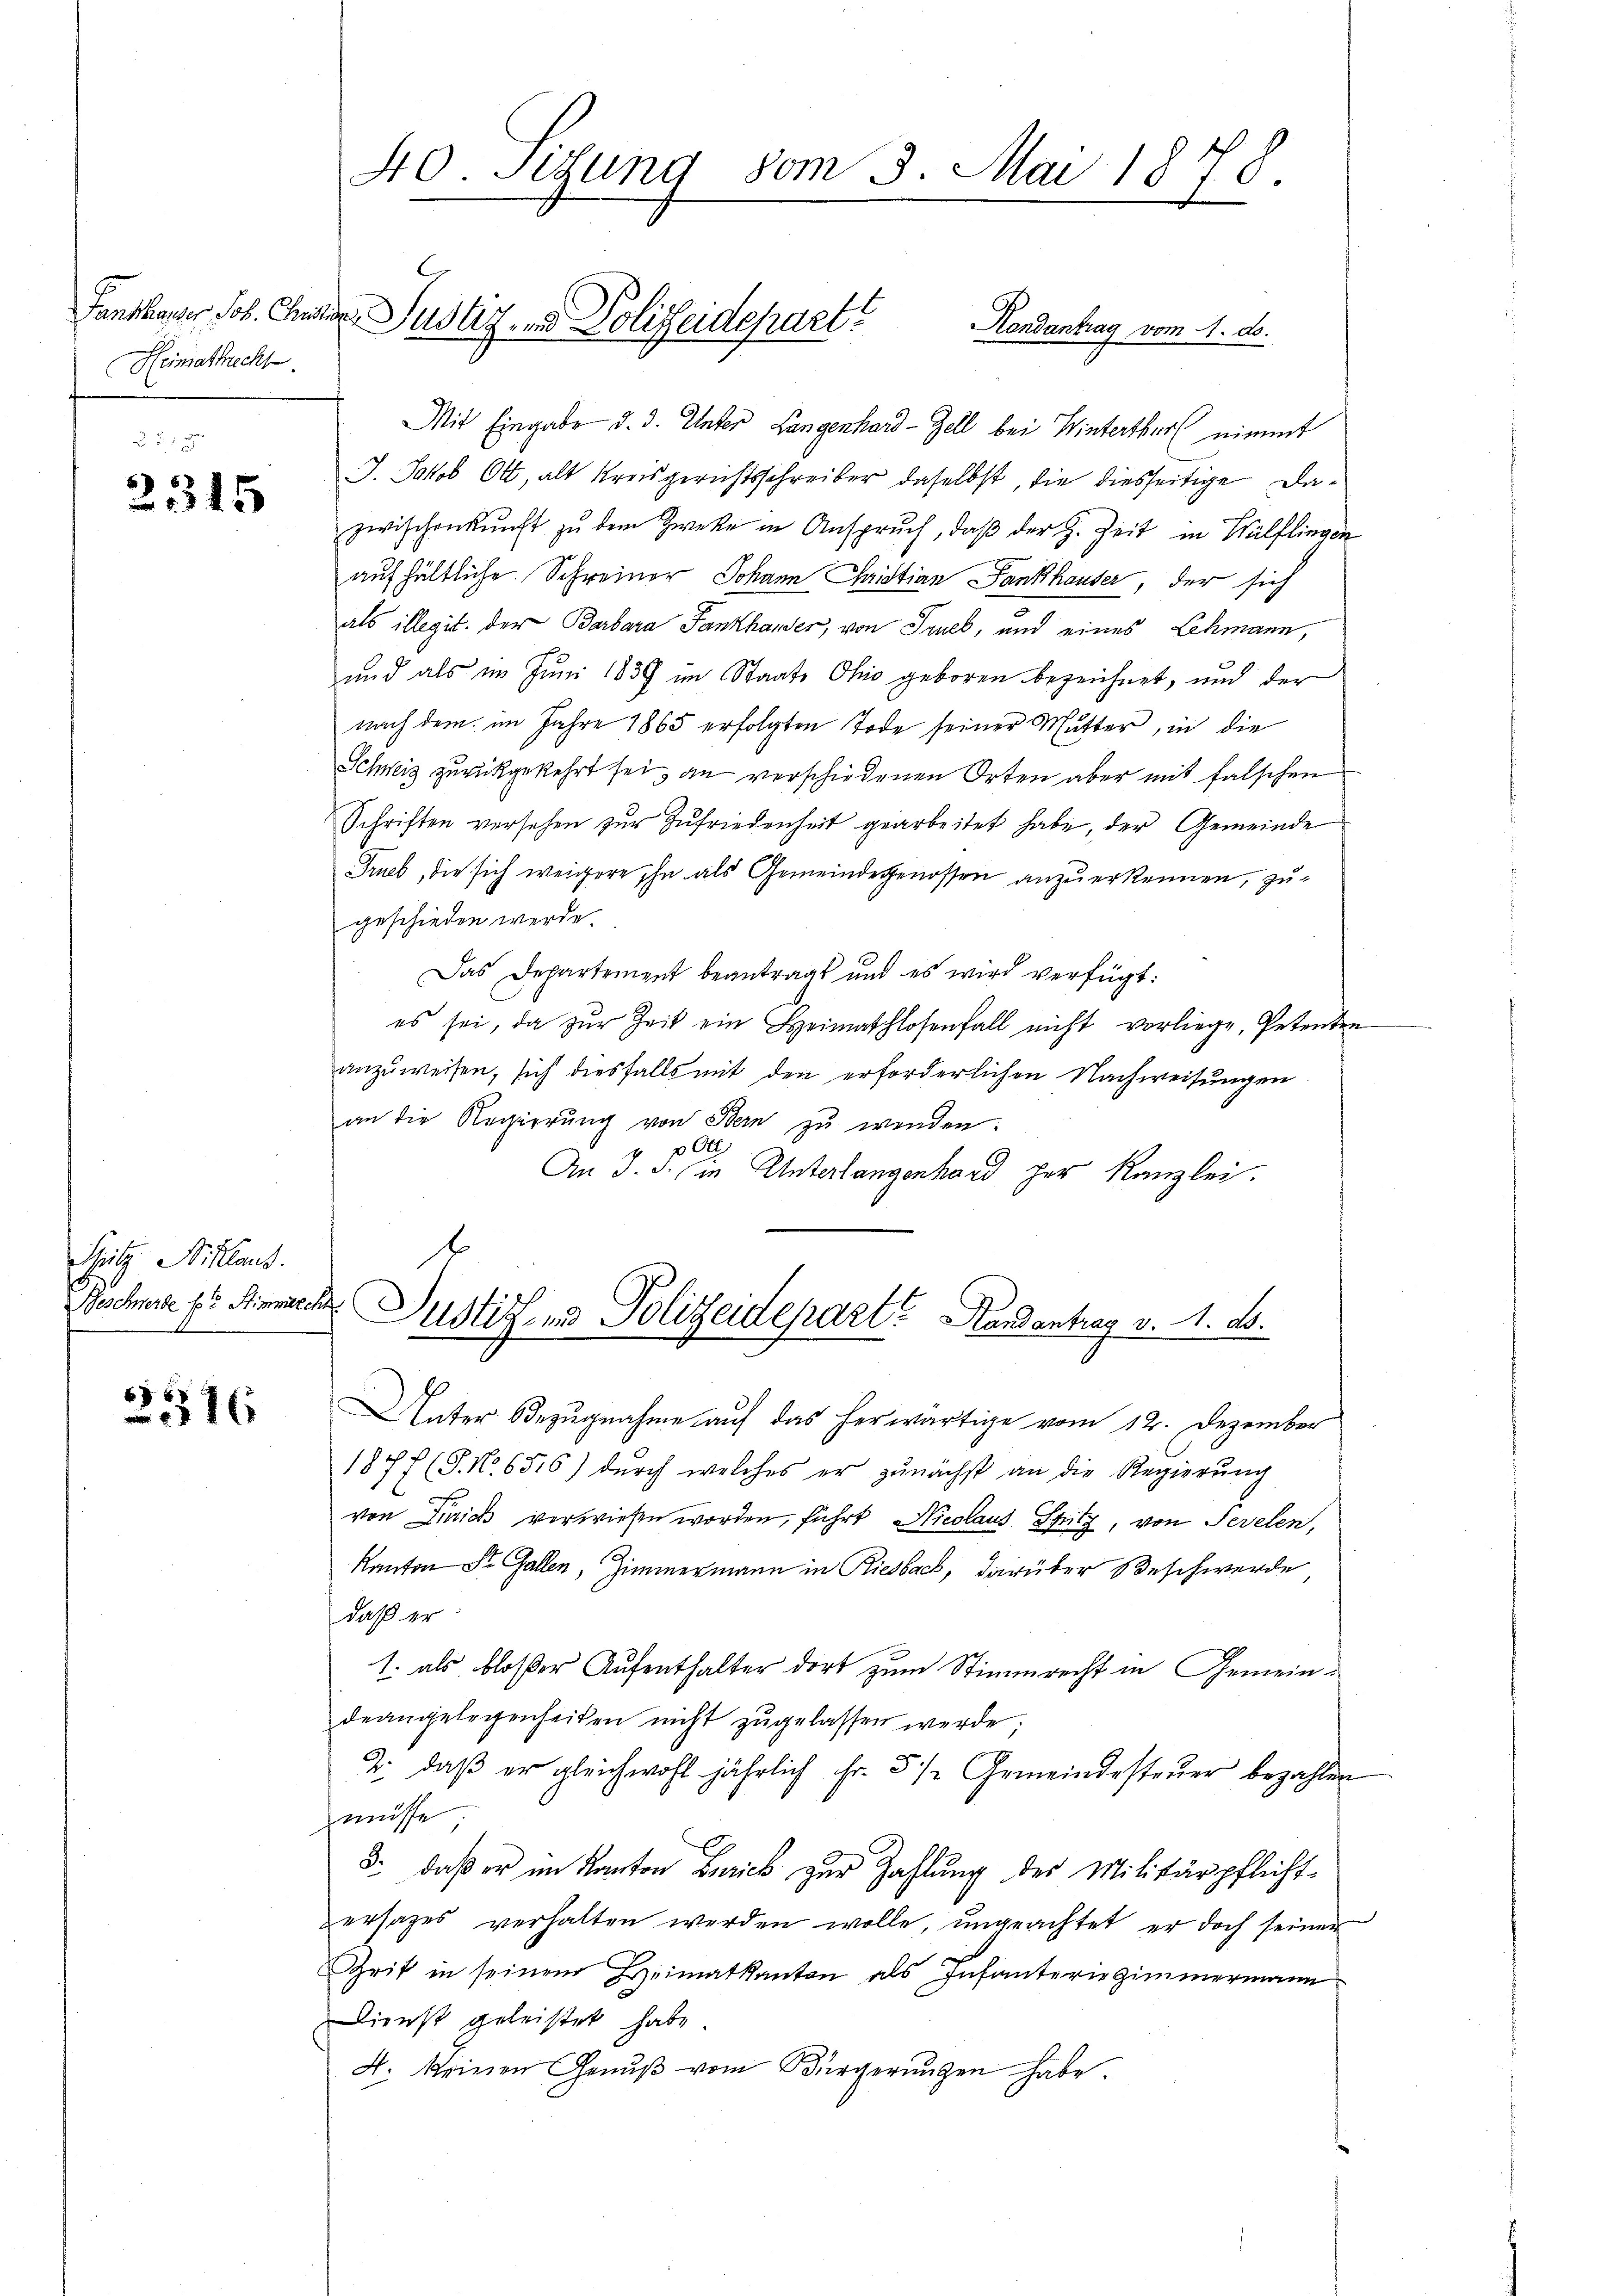
Heimathrecht.

2315

Silz Niklaus
Beschwerde pr. Stimmrech

E
7x

40. Sitzung vom 3. Mai 1878.

Mit Eingabe d. d. Unter Langenhard-Zell bei Winterthur nimmt
J. Jakob Ott, alt Kreisgerichtsschreiber daselbst, die diesseitige Dazwischenkunft zu dem Zweke in Anspruch, daβ der H. Zeit in Wülflingen
aufhältliche Schreiner Johann Christian Fankhauser, der sich
als illegit. der Barbara Fankhauser, von Truek, und eines Lehmann,
und als im Juni 1839 im Staate Ohio geboren bezeichnet, und der
nach dem im Jahre 1865 erfolgten Tode seiner Mutter, in die
Schweiz zurückgekehrt sei, an verschiedenen Orten aber mit falschen
Schriften versehen zŭr Zufriedenheit gearbeitet habe, der Gemeinde
Frueb, die sich weigere ihn als Gemeindegenossen anzuerkennen, zugeschieden werde.
Das Departement beantragt und es wird verfügt:
es sei, da zŭr Zeit ein Heimathlosenfall nicht vorliege, Petenten
anzuweisen, sich diesfalls mit den erforderlichen Nachweisungen
an die Regierung von Bern zu wenden.
0
An J. J. in Unterlangenhard per Kanzlei.
Justiz- und Polizeidepart? Handentrag v. 1. ds.
Unter Bezugnahme auf das herwärtige vom 12. Dezember
187f (S. No. 6516) dŭrch welches er zunächst an die Regierŭng
von Zürich verwiesen worden, führt Nicolaus Spritz von Sevelen,
Kanton St. Gallen, Zimmermann in Riesbach, darüber Beschwerde
daß er
1. als bloßer Aufenthalter dort zum Stimmrecht in Gemeindeangelegenheiten nicht zŭgelassen werde;
2. daβ er gleichwohl jährlich Fr. 51. Gemeindesteŭer bezahlen
müsse
3. daß er im Kanton Zürich zur Zahlung des Militärpflicht-
ersatzes verhalten werden wolle, ungeachtet, er doch seiner
Zeit in seinem Heimatkanton als Infanterie Zimmermann
Dienst geleistet habe.
4. keinen Genuß vom Bürgerŭngen habe.

Fanschauer Joh. Chiner Justiz, in Polizeidepart
Handantrag vom 4. ds.